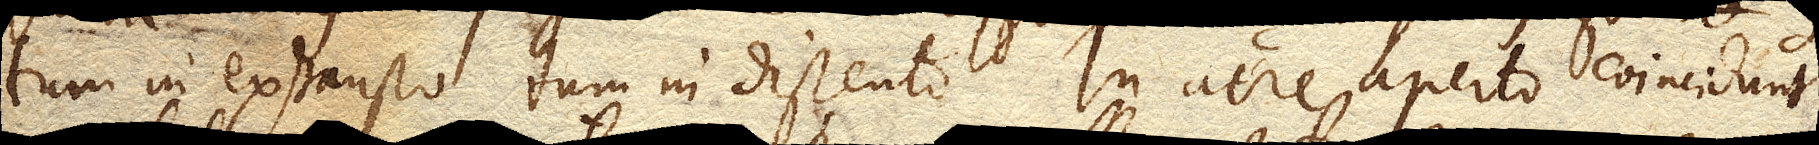
tum in exhausto tum in distento. In aere aperto coincidunt,